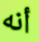
أنه